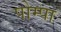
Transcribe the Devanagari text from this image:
पोम्पा